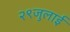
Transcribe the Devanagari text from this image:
२९जुलाई